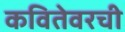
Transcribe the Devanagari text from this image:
कवितेवरची